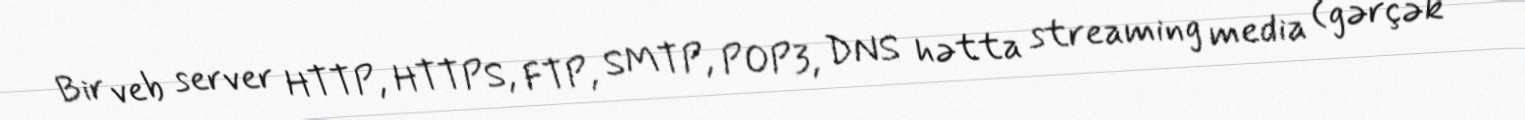
Bir veb server HTTP, HTTPS, FTP, SMTP, POP3, DNS hətta streaming media (gərçək